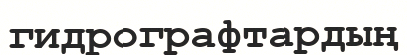
гидрографтардың